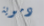
دموية